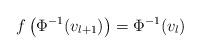
LaTeX: \begin{align*}f\left(\Phi^{-1}(v_{l+1})\right)=\Phi^{-1}(v_{l})\end{align*}